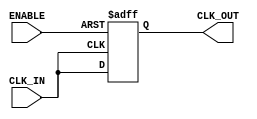
module clock_buffer (
    input wire CLK_IN,      // Input clock signal
    input wire ENABLE,      // Enable control signal
    output wire CLK_OUT     // Buffered clock output
);

// Internal signal for the buffered clock
reg CLK_OUT_reg;

// Always block to drive the output based on the input clock and enable signal
always @(posedge CLK_IN or negedge ENABLE) begin
    if (!ENABLE) begin
        CLK_OUT_reg <= 1'bz; // High-impedance state when ENABLE is low
    end else begin
        CLK_OUT_reg <= CLK_IN; // Buffer the input clock when ENABLE is high
    end
end

// Assign the internal register to the output
assign CLK_OUT = CLK_OUT_reg;

endmodule